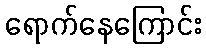
ရောက်နေကြောင်း